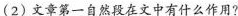
(2)文章第一自然段在文中有什么作用?